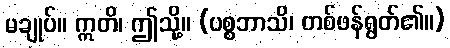
မချုပ်။ ဣတိ၊ ဤသို့။ (ပစ္စဘာသိ၊ တစ်ဖန်ရွတ်၏။)